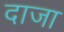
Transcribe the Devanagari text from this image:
दाजा